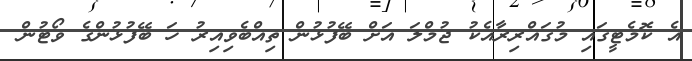
އެ ކޮމެޓީގައި މުގައްރިރާއެކު ޖުމްލަ އަށް ބޭފުޅުން ތިއްބެވިއިރު ހަ ބޭފުޅުންގެ ވޯޓުން